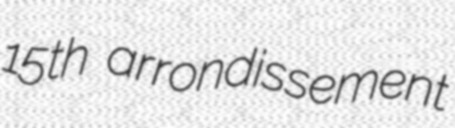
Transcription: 15th arrondissement